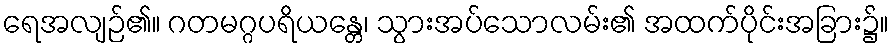
ရေအလျဉ်၏။ ဂတမဂ္ဂပရိယန္တေ၊ သွားအပ်သောလမ်း၏ အထက်ပိုင်းအခြား၌။